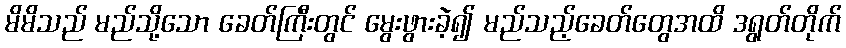
မိမိသည် မည်သို့သော ခေတ်ကြီးတွင် မွေးဖွားခဲ့၍ မည်သည့်ခေတ်တွေအထိ ဒရွတ်တိုက်